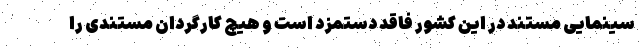
سینمایی مستند در این کشور فاقد دستمزد است و هیچ کارگردان مستندی را